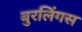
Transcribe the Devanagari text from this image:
बुरलिंगस